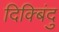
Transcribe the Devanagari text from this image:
दिक्बिंदु